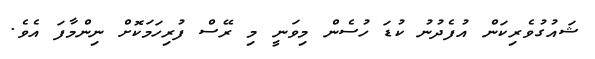
ޝައުގުވެރިކަން އުފެދުނު ކުޑަ ހުސެން މިވަނީ މި ރޭސް ފުރިހަމަކޮށް ނިންމާފަ އެވެ.